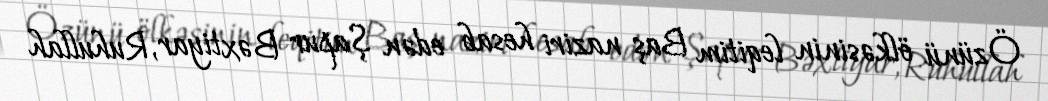
Özünü ölkəsinin leqitim Baş naziri hesab edən Şapur Bəxtiyar, Ruhullah